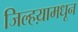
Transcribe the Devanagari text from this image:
जिल्हय़ामधून